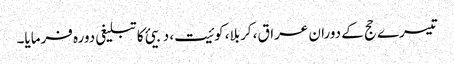
تیسرے حج کے دوران عراق، کربلا، کوئیت، دبیئ کا تبلیغی دورہ فرمایا۔